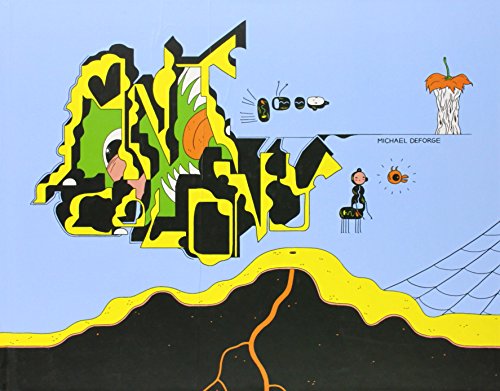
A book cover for Ant Colony; Michael DeForge; Comics & Graphic Novels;